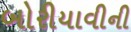
બોરીયાવીની